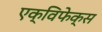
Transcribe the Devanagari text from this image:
एक्विफेक्स